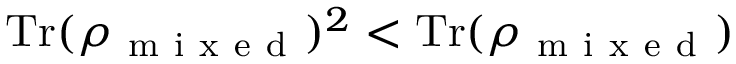
\mathrm { T r } ( \rho _ { \mathrm { ~ m ~ i ~ x ~ e ~ d ~ } } ) ^ { 2 } < \mathrm { T r } ( \rho _ { \mathrm { ~ m ~ i ~ x ~ e ~ d ~ } } )